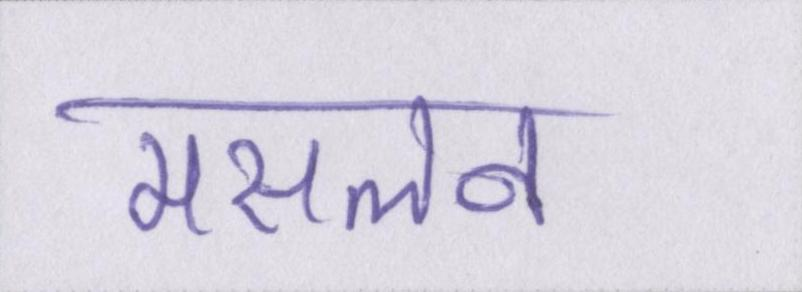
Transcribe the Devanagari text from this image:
मसलन